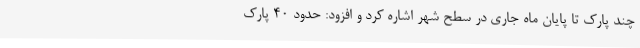
چند پارک تا پایان ماه جاری در سطح شهر اشاره کرد و افزود: حدود 40 پارک